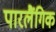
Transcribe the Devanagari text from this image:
पारलैंगिक